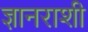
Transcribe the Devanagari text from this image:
ज्ञानराशी